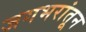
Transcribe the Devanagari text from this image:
जगभरांतून